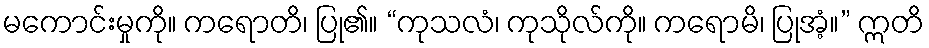
မကောင်းမှုကို။ ကရောတိ၊ ပြု၏။ “ကုသလံ၊ ကုသိုလ်ကို။ ကရောမိ၊ ပြုအံ့။” ဣတိ